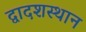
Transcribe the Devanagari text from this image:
द्वादशस्थान